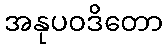
အနုပဝဒိတော